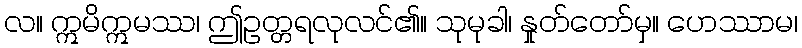
လ။ ဣမိဣမဿ၊ ဤဥတ္တရလုလင်၏။ သုမုခါ၊ နှုတ်တော်မှ။ ဟေဿာမ၊